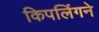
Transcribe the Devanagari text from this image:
किपलिंगने